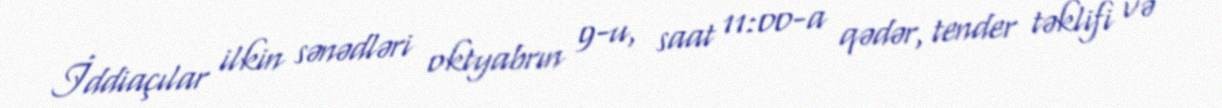
İddiaçılar ilkin sənədləri oktyabrın 9-u, saat 11:00-a qədər, tender təklifi və